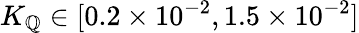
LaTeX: K_{\mathbb{Q}}\in[0.2\times10^{-2},1.5\times10^{-2}]